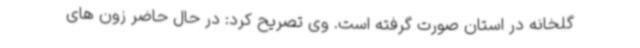
گلخانه در استان صورت گرفته است. وی تصریح کرد: در حال حاضر زون های